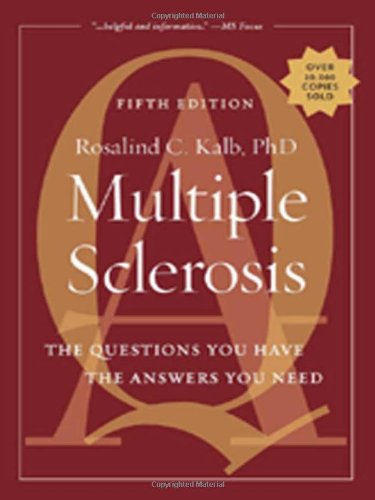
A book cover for Multiple Sclerosis: The Questions You Have-The Answers You Need; Rosalind Kalb MD; Health, Fitness & Dieting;